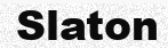
Slaton